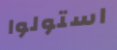
استولوا